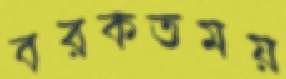
বরকতময়